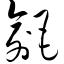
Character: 毹